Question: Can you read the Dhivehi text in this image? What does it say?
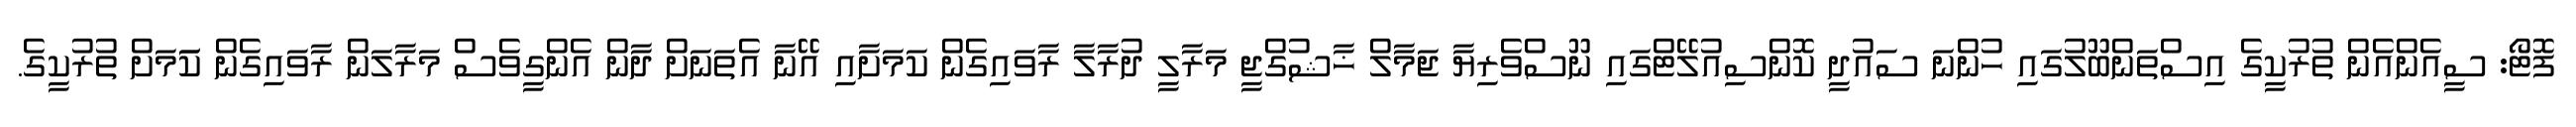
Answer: ފޮޓޯ: ސީއެންއެން ތުރުކީގެ އިސްތަންބޫލުގައި ހުންނަ ސައުދީ ކޮންސިއުލޭޓްގައި ނޫސްވެރިޔާ ޖަމާލް ޚާޝުގްޖީ މަރާލީ ދުރާލާ ރާވައިގެން ކަމަށާއި އޭނާ އެތަނަށް ދާން އެންގީވެސް މަރާލަން ރާވައިގެން ކަަމަށް ތުރުކީގެ.